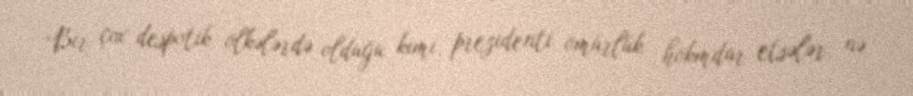
Bir çox despotik ölkələrdə olduğu kimi, prezidenti ömürlük hökmdar etsələr, nə